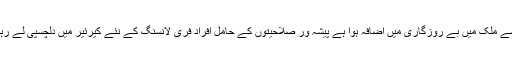
جب سے ملک میں بے روزگاری میں اضافہ ہوا ہے پیشہ ور صلاحیتوں کے حامل افراد فری لانسنگ کے نئے کیرئیر میں دلچسپی لے رہےہیں۔